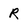
Character: R